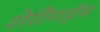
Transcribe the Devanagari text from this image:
शेरींगहॅम